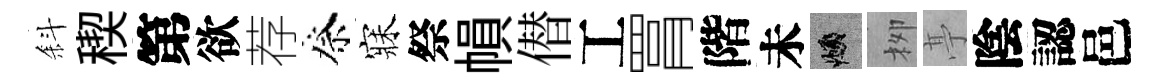
斜稧第欲荐祭寐祭𢄙僣工罥階未頫栁𠅘陰認邑